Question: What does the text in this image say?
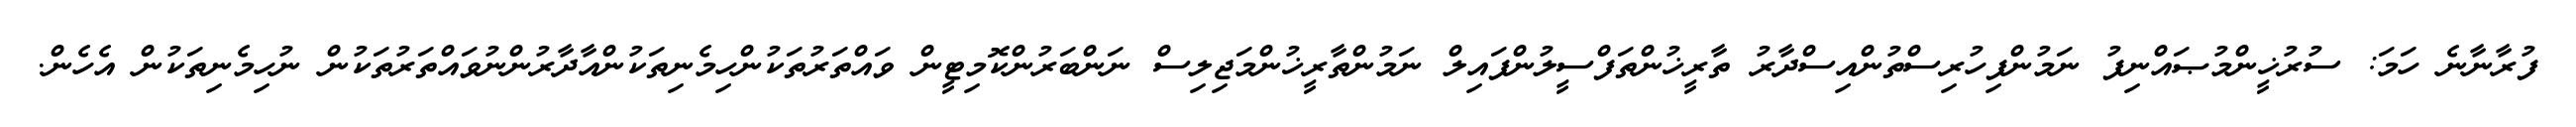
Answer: ފުރާނާނެ ހަމަ: ސުރުޚީންމުޞައްނިފު ނަމުންފިހުރިސްތުންއިސްދާރު ތާރީޚުންތަފްސީލުންފައިލް ނަމުންތާރީޚުންމަޖިލިސް ނަންބަރުންކޮމިޓީން ވައްތަރުތަކުންހިމެނިތަކުންއާދާރުންނުވައްތަރުތަކުން ނުހިމެނިތަކުން އެހެން.